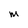
Character: M